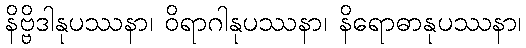
နိဗ္ဗိဒါနုပဿနာ၊ ဝိရာဂါနုပဿနာ၊ နိရောဓာနုပဿနာ၊